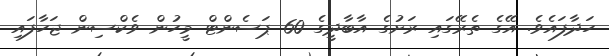
ހަދާފައެވެ. އޭގެ ތެރޭގައި ރަށުގެ އާބާދީގެ 60 ޕަސެންޓް މީހުން ވެކްސިން ޖަހާފައި